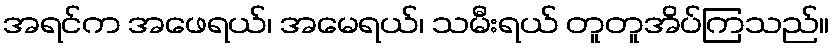
အရင်က အဖေရယ်၊ အမေရယ်၊ သမီးရယ် တူတူအိပ်ကြသည်။